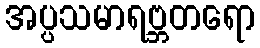
အပ္ပသမာရဗ္ဘတရော